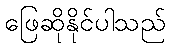
ဖြေဆိုနိုင်ပါသည်